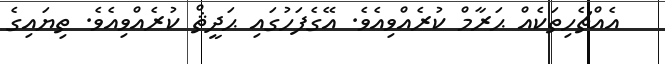
އެއްޗެހިތަކެއް ޙަރާމް ކުރެއްވިއެވެ. އޭގެފަހުގައި ޙަދީޘް ކުރެއްވިއެވެ. ތިޔައިގެ